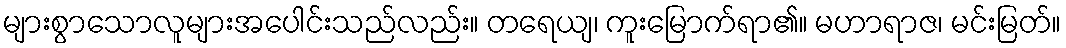
များစွာသောလူများအပေါင်းသည်လည်း။ တရေယျ၊ ကူးမြောက်ရာ၏။ မဟာရာဇ၊ မင်းမြတ်။